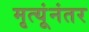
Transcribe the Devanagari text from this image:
मृत्यूंनंतर